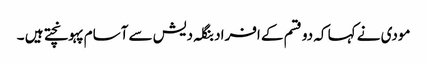
مودی نے کہا کہ دو قسم کے افراد بنگلہ دیش سے آسام پہونچتے ہیں ۔